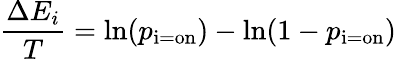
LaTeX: {\frac{\Delta E_{i}}{T}}=\ln(p_{\mathrm{i=on}})-\ln(1-p_{\mathrm{i=on}})